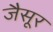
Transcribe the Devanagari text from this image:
जैसूर